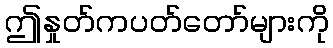
ဤနှုတ်ကပတ်တော်များကို